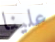
علينا